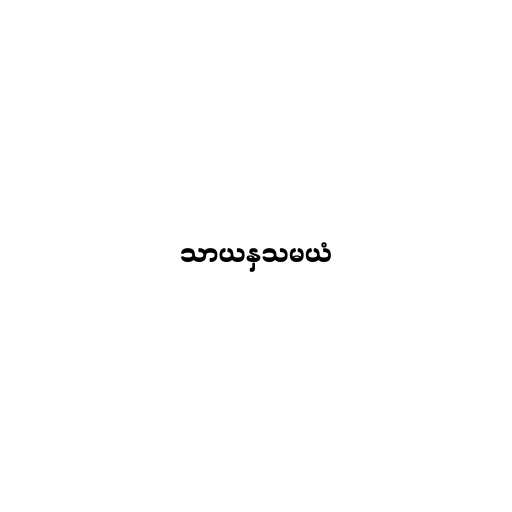
သာယနှသမယံ